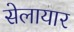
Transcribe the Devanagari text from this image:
सेलायार